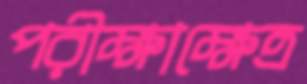
পরীক্ষাক্ষেত্র